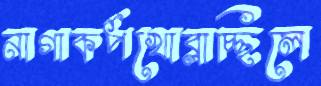
নাগাকর্পখোব্‌লাচ্ছিলে